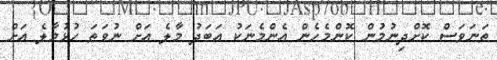
ތަނަވަސް ކޮށްދިނުމުން ކޮންމެހެން އެންމެނަކު އަބަދު މާލެ އަށް ނުވަތަ ހުޅުމާލެ އަށް